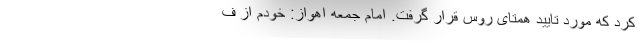
کرد که مورد تایید همتای روس قرار گرفت. امام جمعه اهواز: خودم از ف